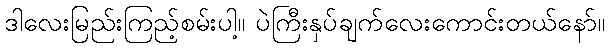
ဒါလေးမြည်းကြည့်စမ်းပါ့။ ပဲကြီးနှပ်ချက်လေးကောင်းတယ်နော်။